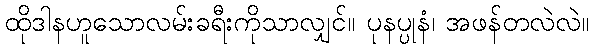
ထိုဒါနဟူသောလမ်းခရီးကိုသာလျှင်။ ပုနပ္ပုနံ၊ အဖန်တလဲလဲ။